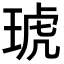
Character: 琥